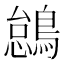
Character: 𫛋